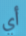
أي